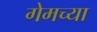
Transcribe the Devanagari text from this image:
गेमच्या